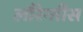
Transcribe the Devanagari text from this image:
लौरेन्तीस